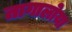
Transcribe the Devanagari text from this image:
तागालोया